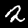
Digit: 2